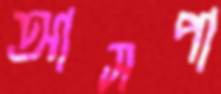
আসপা